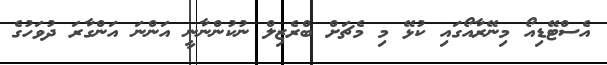
އެސްޓޭޑިއޯ މިނޭރާއޯގައި ކުޅޭ މި މެޗަށް ބްރެޒިލް ނުކުންނާނީ އަންނަ އަންގާރަ ދުވަހުގެ